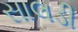
સાલડી